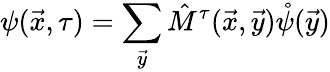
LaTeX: \psi(\vec{x},\tau)=\sum_{\vec{y}}\hat{M}^{\tau}(\vec{x},\vec{y})\mathring\psi(\vec{y})